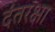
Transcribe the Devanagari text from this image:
दंतरक्षा